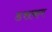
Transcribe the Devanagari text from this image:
डसकर